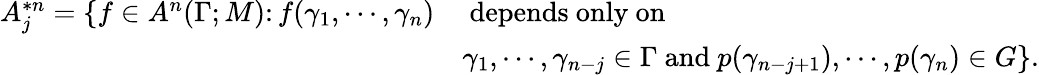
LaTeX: \begin{array}{rl}{A_{j}^{*n}=\{ f\in A^{n}(\Gamma;M)\colon f(\gamma_{1},\cdots,\gamma_{n})}&{\mathrm{~depends~only~on~}}\\ &{\gamma_{1},\cdots,\gamma_{n-j}\in\Gamma\mathrm{~and~}p(\gamma_{n-j+1}),\cdots,p(\gamma_{n})\in G\} .}\end{array}